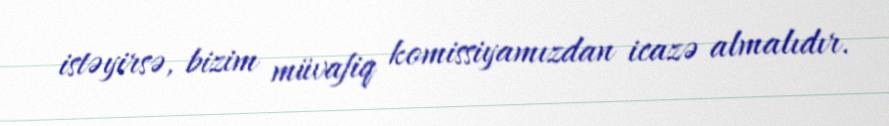
istəyirsə, bizim müvafiq komissiyamızdan icazə almalıdır.